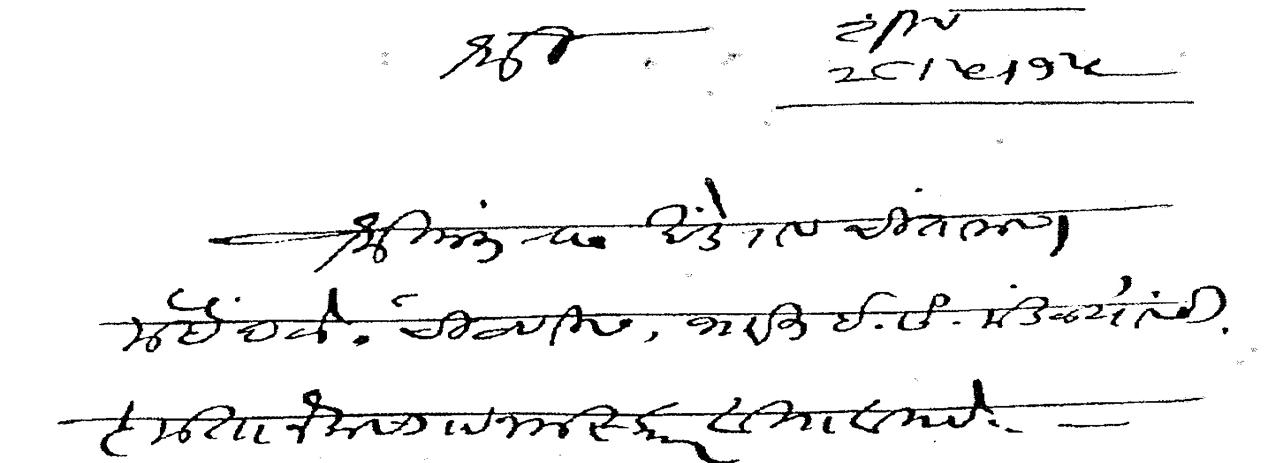
Transliteration (Devanagari): श्री शीव २८ ५ १५ श्रीमंत रा खंडेराव चिंतामण मेहेंदळे चिटणीस भारत इ सं मंडळ यांसी कृतानेक सा नमस्कार वि वि